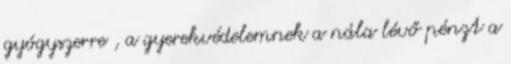
gyógyszerre , a gyerekvédelemnek a nála lévő pénzt a